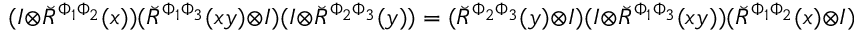
( I \otimes \breve { R } ^ { \Phi _ { 1 } \Phi _ { 2 } } ( x ) ) ( \breve { R } ^ { \Phi _ { 1 } \Phi _ { 3 } } ( x y ) \otimes I ) ( I \otimes \breve { R } ^ { \Phi _ { 2 } \Phi _ { 3 } } ( y ) ) = ( \breve { R } ^ { \Phi _ { 2 } \Phi _ { 3 } } ( y ) \otimes I ) ( I \otimes \breve { R } ^ { \Phi _ { 1 } \Phi _ { 3 } } ( x y ) ) ( \breve { R } ^ { \Phi _ { 1 } \Phi _ { 2 } } ( x ) \otimes I )